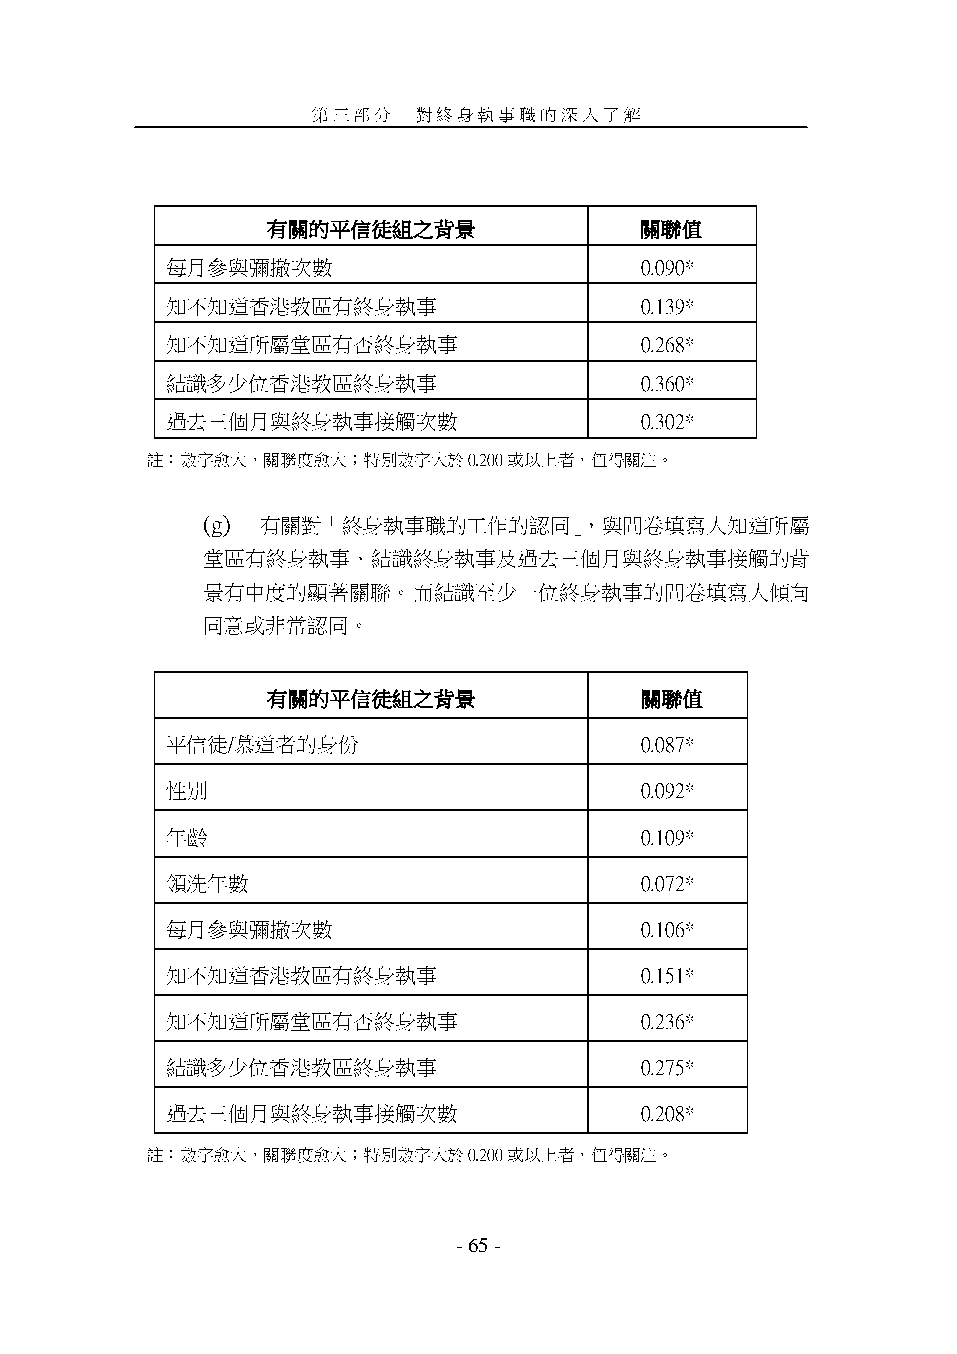
第三部分   對終身執事職的深入了解
 有關的平信徒組之背景              關聯值
 每月參與彌撒次數                       0.090*
 知不知道香港教區有終身執事                  0.139*
 知不知道所屬堂區有否終身執事                 0.268*
 結識多少位香港教區終身執事                  0.360*
 過去三個月與終身執事接觸次數                 0.302*
 註：數字愈大，關聯度愈大；特別數字大於0.200或以上者，值得關注。
 (g) 有關對「終身執事職的工作的認同」，與問卷填寫人知道所屬
 堂區有終身執事、結識終身執事及過去三個月與終身執事接觸的背
 景有中度的顯著關聯。而結識至少一位終身執事的問卷填寫人傾向
 同意或非常認同。
 有關的平信徒組之背景              關聯值
 平信徒/慕道者的身份                     0.087*
 性別                             0.092*
 年齡                             0.109*
 領洗年數                           0.072*
 每月參與彌撒次數                       0.106*
 知不知道香港教區有終身執事                  0.151*
 知不知道所屬堂區有否終身執事                 0.236*
 結識多少位香港教區終身執事                  0.275*
 過去三個月與終身執事接觸次數                 0.208*
 註：數字愈大，關聯度愈大；特別數字大於0.200或以上者，值得關注。
 - 65 -